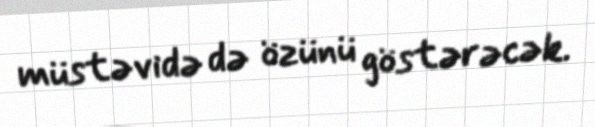
müstəvidə də özünü göstərəcək.